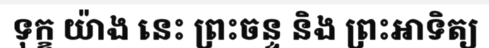
ទុក្ខ យ៉ាង នេះ ព្រះចន្ទ និង ព្រះអាទិត្យ